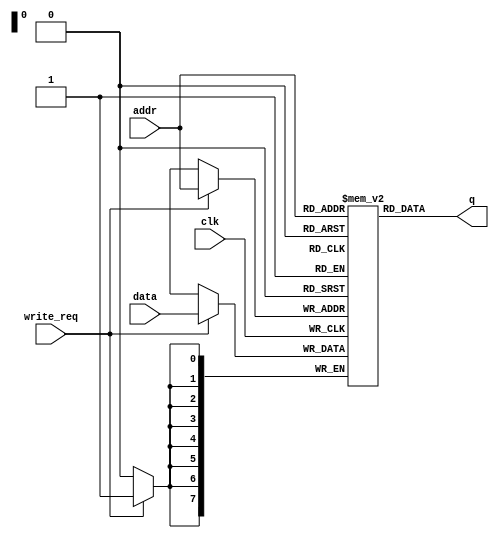
module model_simple_ram #(
	parameter RAM_WIDTH = 8,
	parameter RAM_DEPTH_LOG = 8
)(
	input clk,    // Clock

	input write_req,
	input [RAM_DEPTH_LOG - 1:0]addr,
	input [RAM_WIDTH - 1:0]data,
	output [RAM_WIDTH - 1:0]q
);

reg [RAM_WIDTH - 1:0]ram[2 ** RAM_DEPTH_LOG - 1:0];
always @ (posedge clk) begin
	if(write_req) begin
		ram[addr] <= data;
	end
end

assign q = ram[addr];

endmodule